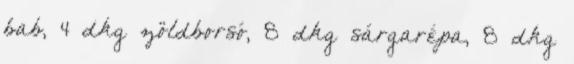
bab, 4 dkg zöldborsó, 8 dkg sárgarépa, 8 dkg